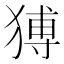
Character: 猼